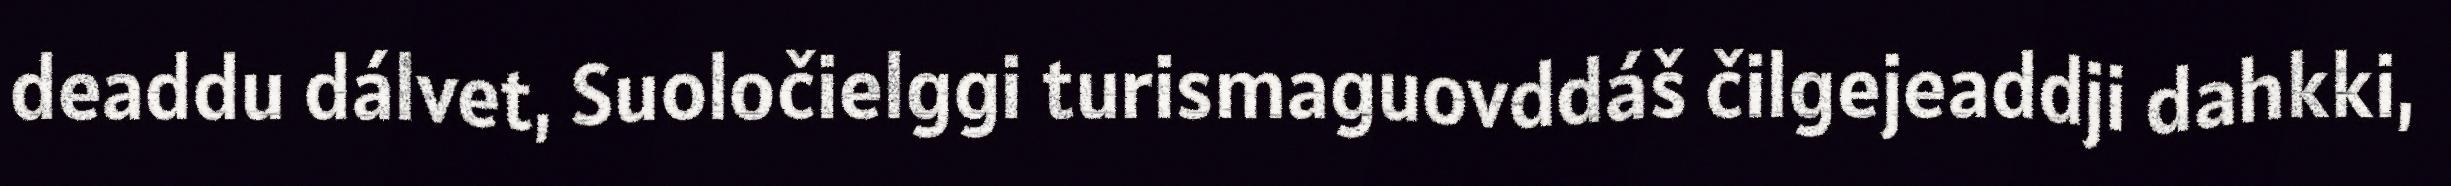
deaddu dálvet, Suoločielggi turismaguovddáš čilgejeaddji dahkki,